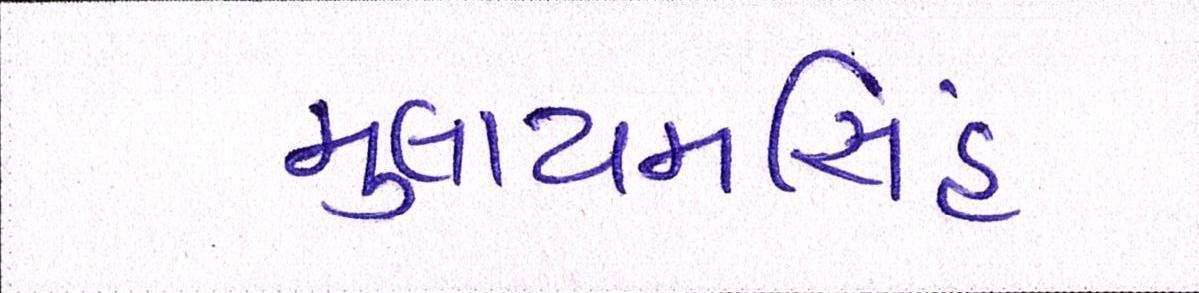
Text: મુલાયમસિંહ